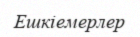
Ешкіемерлер